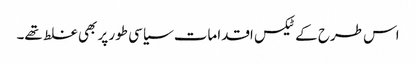
اس طرح کے ٹیکس اقدامات سیاسی طور پر بھی غلط تھے۔